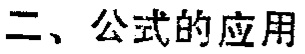
二、公式的应用